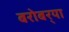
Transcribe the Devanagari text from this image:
बरोबर्‍या